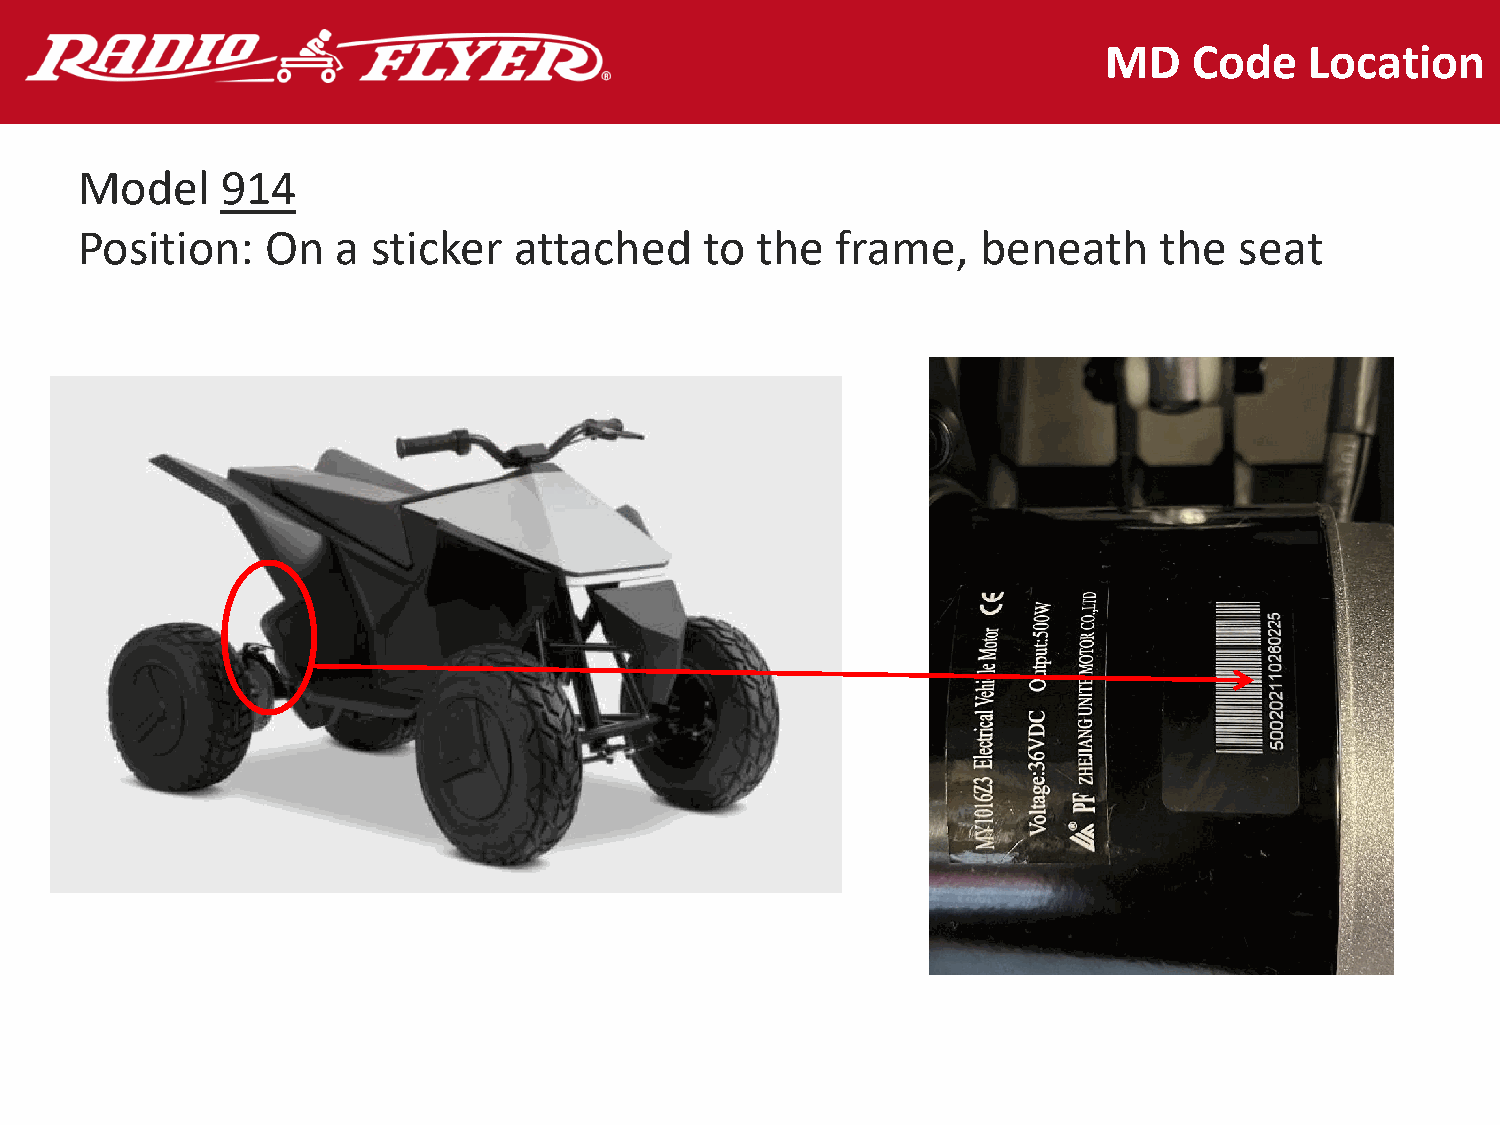
MD    Code    Location
 Model     914
 Position:    On  a  sticker  attached     to the  frame,    beneath     the  seat